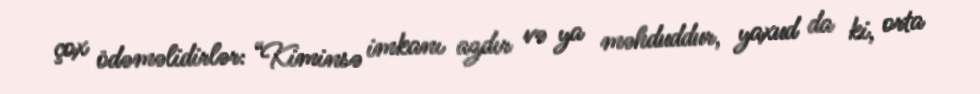
çox ödəməlidirlər: “Kiminsə imkanı azdır və ya məhduddur, yaxud da ki, orta